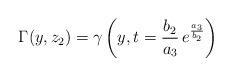
LaTeX: \begin{align*}\Gamma(y,z_2)=\gamma\left(y,t=\frac{b_2}{a_3}\,e^{\frac{a_3}{b_2}}\right)\end{align*}